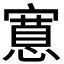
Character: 𭔗